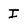
Character: I